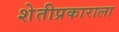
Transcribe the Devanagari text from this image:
शेतीप्रकाराला